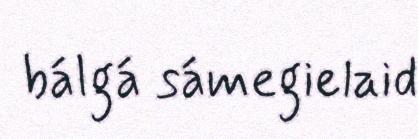
bálgá sámegielaid